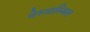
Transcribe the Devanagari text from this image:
वेरुळस्थित